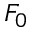
F _ { 0 }